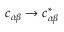
c _ { \alpha \beta } \to c _ { \alpha \beta } ^ { * }